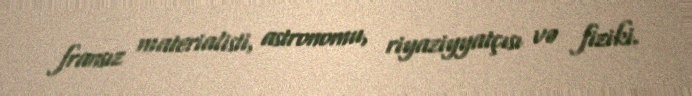
fransız materialisti, astronomu, riyaziyyatçısı və fiziki.